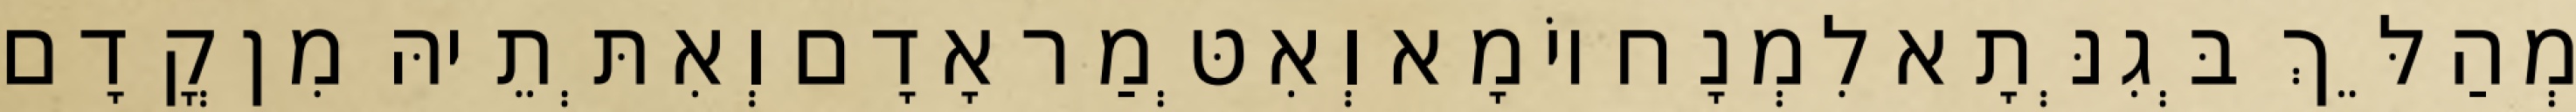
מְהַלֵּךְ בְּגִנְּתָא לִמְנָח יוֹמָא וְאִטְּמַר אָדָם וְאִתְּתֵיהּ מִן קֳדָם